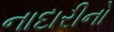
નાદારીનો